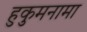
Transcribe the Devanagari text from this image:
हुकुमनामा